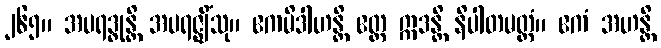
၂၆၅။ အပရဒ္ဓုန္တိ အပရဇ္ဈိံသု။ ဧကမိဒါဟန္တိ ဧတ္ထ ဣဒန္တိ နိပါတမတ္တံ။ ဧကံ အဟန္တိ